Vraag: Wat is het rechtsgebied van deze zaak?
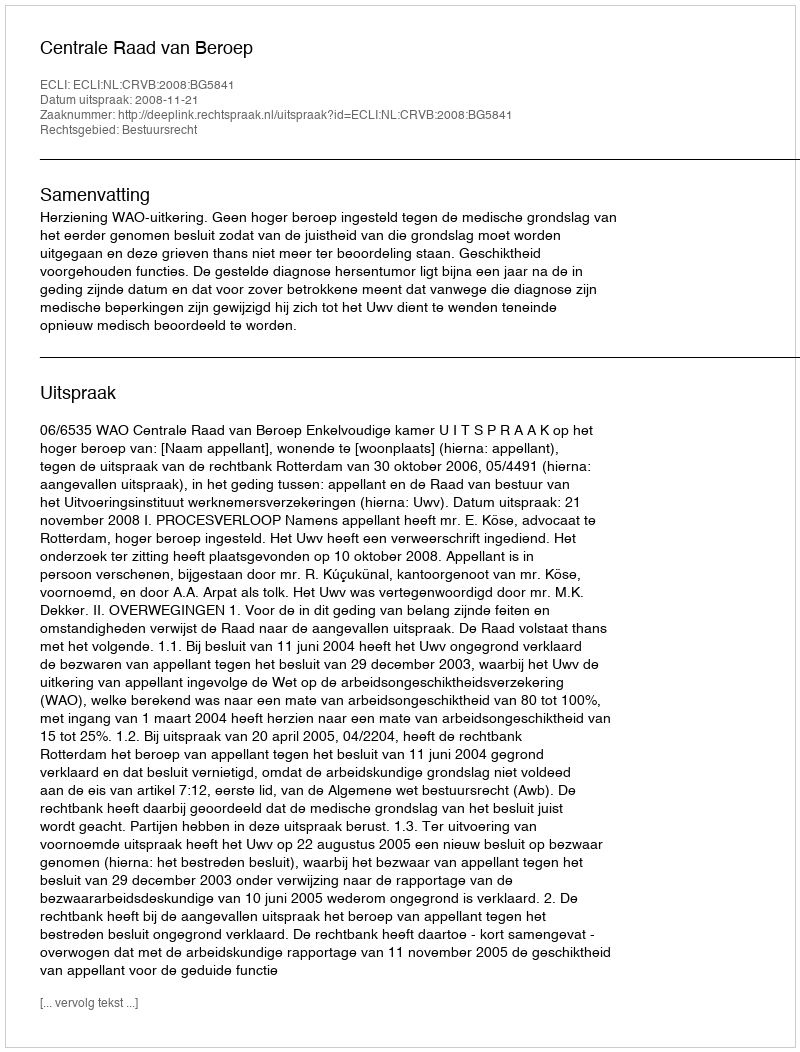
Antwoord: Bestuursrecht